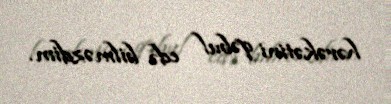
hərəkətini qəbul edə bilməzdim.